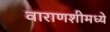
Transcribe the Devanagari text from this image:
वाराणशीमध्ये